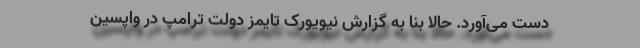
دست می‌آورد. حالا بنا به گزارش نیویورک تایمز دولت ترامپ در واپسین